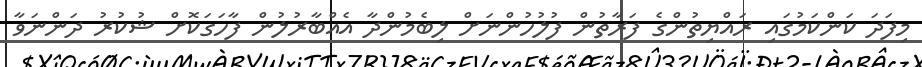
މިފަދަ ކަންކަމުގައި ރައްޔިތުންގެ ފަރާތުން ފުލުހުންނަށް ލިބެމުންދާ އެއްބާރުލުން ފާހަގަކޮށް ޝުކުރު ދަންނަވާ